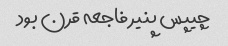
چیپس پنیر فاجعه قرن بود